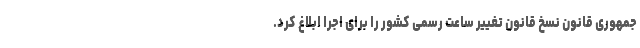
جمهوری قانون نسخ قانون تغییر ساعت رسمی کشور را برای اجرا ابلاغ کرد.